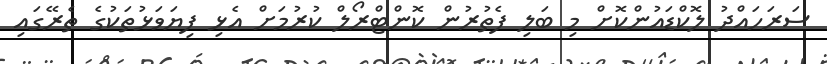
ސަރަހައްދު ލޮކްޑައުންކޮށް މި ބަލި ފެތުރުން ކޮންޓްރޯލް ކުރުމަށް އެޅި ފިޔަވަޅުތަކުގެ ތެރޭގައި